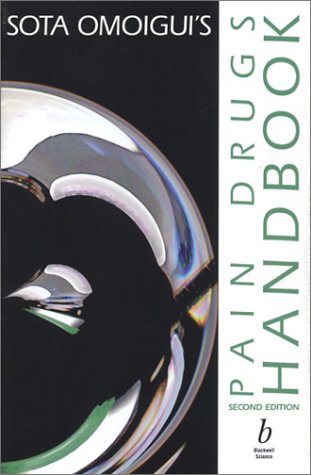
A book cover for Pain Drugs Handbook; Sota Omoigui; Medical Books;